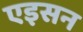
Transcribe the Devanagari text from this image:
एइसन